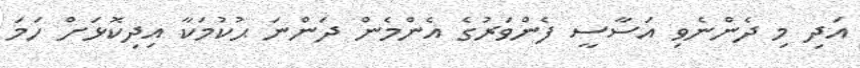
އަދި މި ދެންނެވި އަސާސީ ފެންވަރުގެ އެންމެން ދަންނަ ޙުކުމަކާ އިދިކޮޅަށް ހަމަ